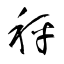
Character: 秤